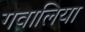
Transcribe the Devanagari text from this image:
गवालिया